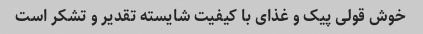
خوش قولی پیک و غذای با کیفیت شایسته تقدیر و تشکر است